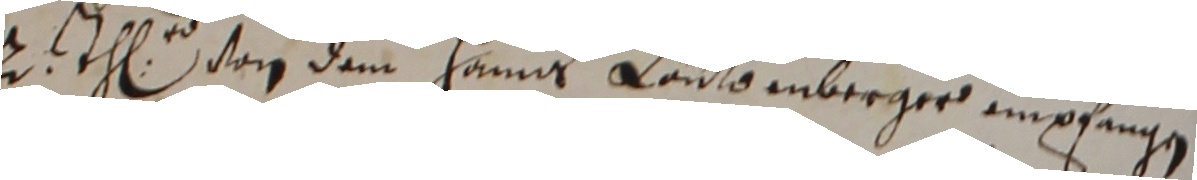
2 th vo dem Hanms Läütenberger empfangen